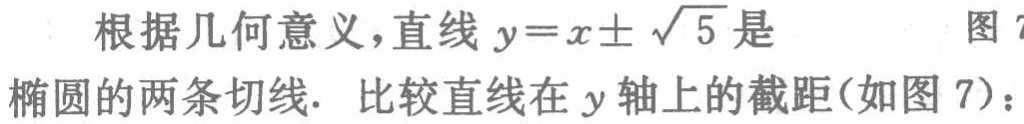
根据几何意义，直线 \(y = x\pm\sqrt{5}\) 是

图 7

椭圆的两条切线. 比较直线在 \(y\) 轴上的截距(如图 7)：